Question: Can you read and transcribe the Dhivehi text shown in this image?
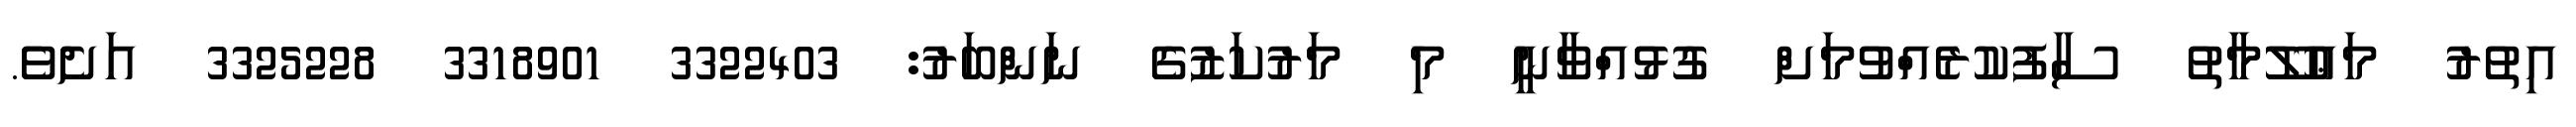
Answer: އިތުރު މަޢުލޫމާތު ސާފުކުރެއްވުމަށް ގުޅުއްވާނީ މި މަރުކަޒުގެ ނަންބަރު: 3322403 3318901 3325228 އަށެވެ.